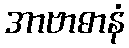
အာဗာဓာနံ